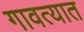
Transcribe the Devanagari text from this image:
गावत्यात